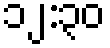
၁၂:၃၀